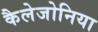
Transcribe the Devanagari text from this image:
कैलेजोनिया